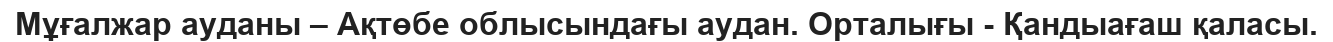
Мұғалжар ауданы – Ақтөбе облысындағы аудан. Орталығы - Қандыағаш қаласы.